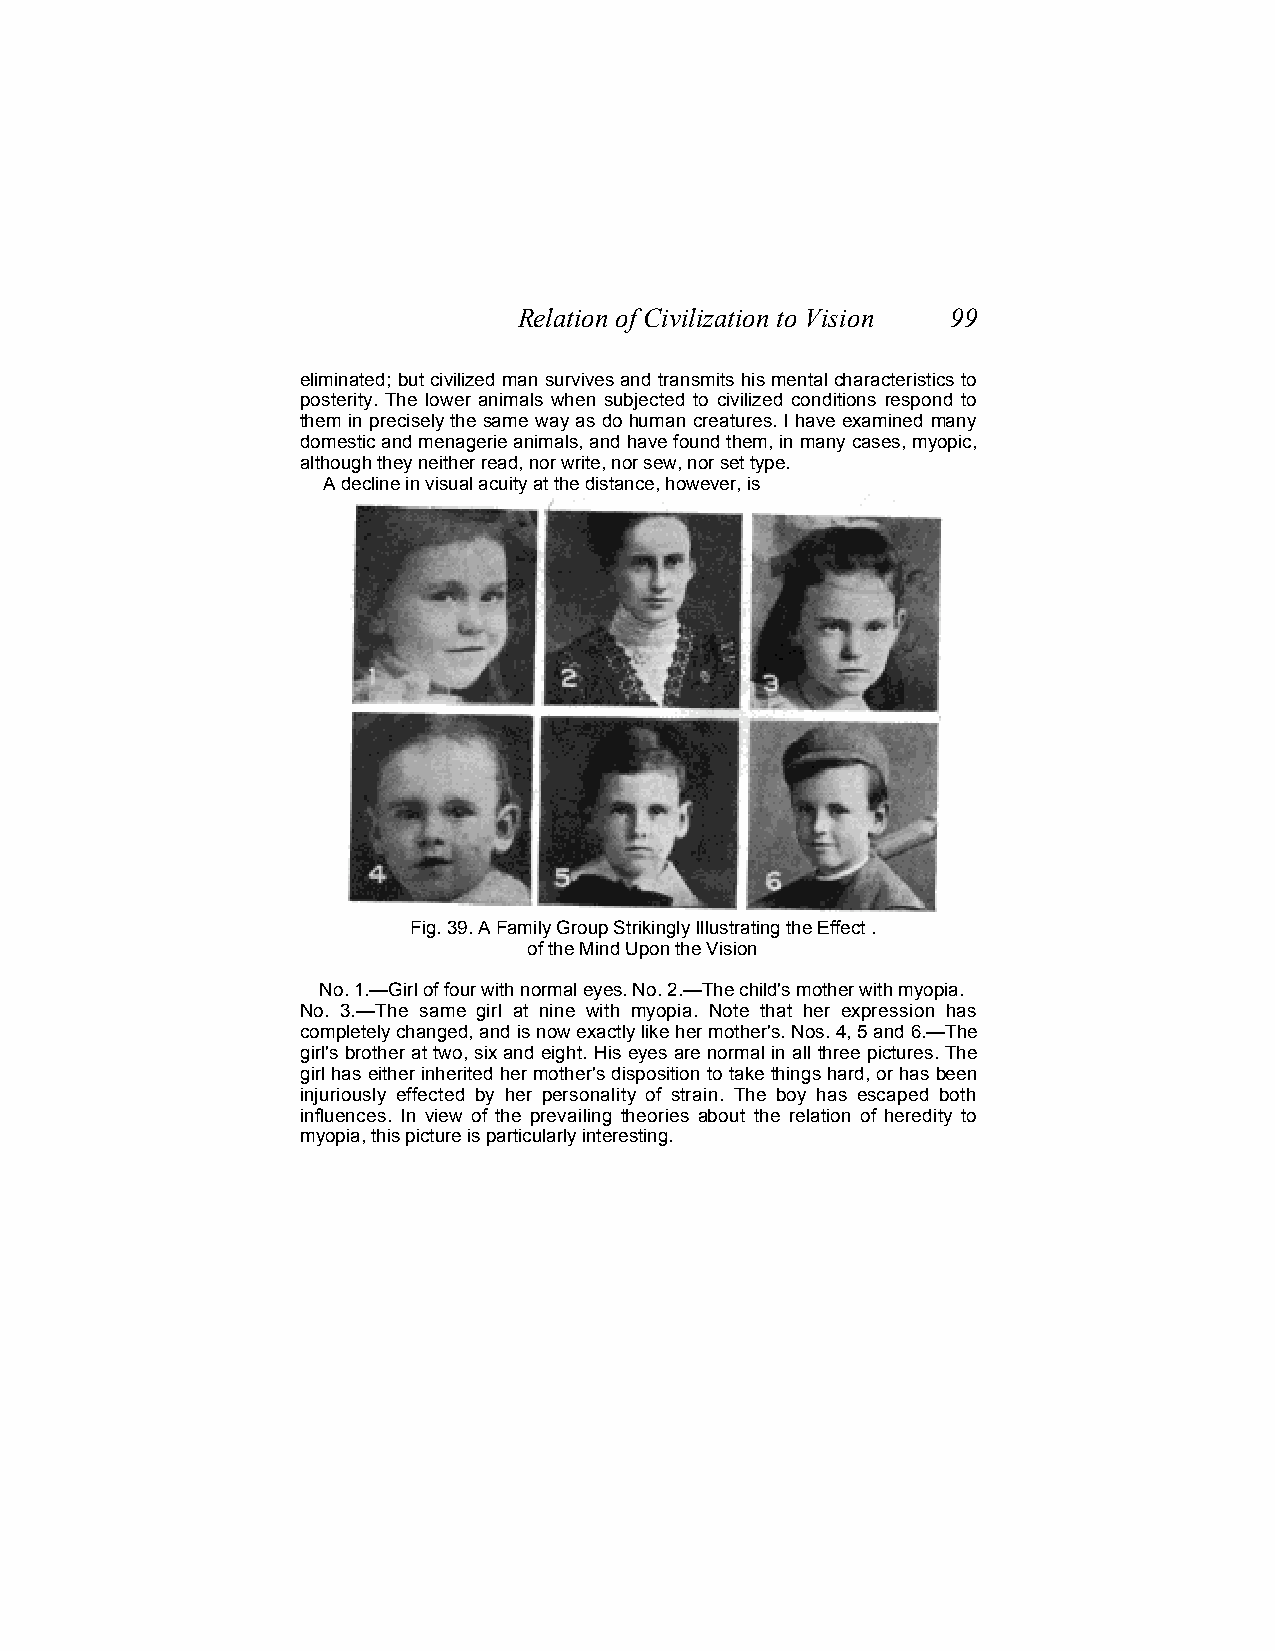
Relation of Civilization to Vision 99
 eliminated; but civilized man survives and transmits his mental characteristics to
 posterity. The lower animals when subjected to civilized conditions respond to
 them in precisely the same way as do human creatures. I have examined many
 domestic and menagerie animals, and have found them, in many cases, myopic,
 although they neither read, nor write, nor sew, nor set type.
 A decline in visual acuity at the distance, however, is
 Fig. 39. A Family Group Strikingly Illustrating the Effect .
 of the Mind Upon the Vision
 No. 1.—Girl of four with normal eyes. No. 2.—The child's mother with myopia.
 No. 3.—The same girl at nine with myopia. Note that her expression has
 completely changed, and is now exactly like her mother's. Nos. 4, 5 and 6.—The
 girl's brother at two, six and eight. His eyes are normal in all three pictures. The
 girl has either inherited her mother's disposition to take things hard, or has been
 injuriously effected by her personality of strain. The boy has escaped both
 influences. In view of the prevailing theories about the relation of heredity to
 myopia, this picture is particularly interesting.